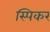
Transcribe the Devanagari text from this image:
स्पिकर